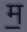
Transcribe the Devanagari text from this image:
म॒